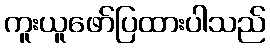
ကူးယူဖော်ပြထားပါသည်